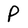
Character: P